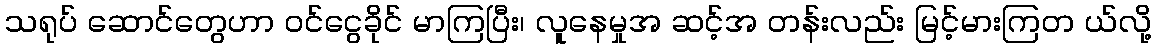
သရုပ် ဆောင်တွေဟာ ဝင်ငွေခိုင် မာကြပြီး၊ လူနေမှုအ ဆင့်အ တန်းလည်း မြင့်မားကြတ ယ်လို့